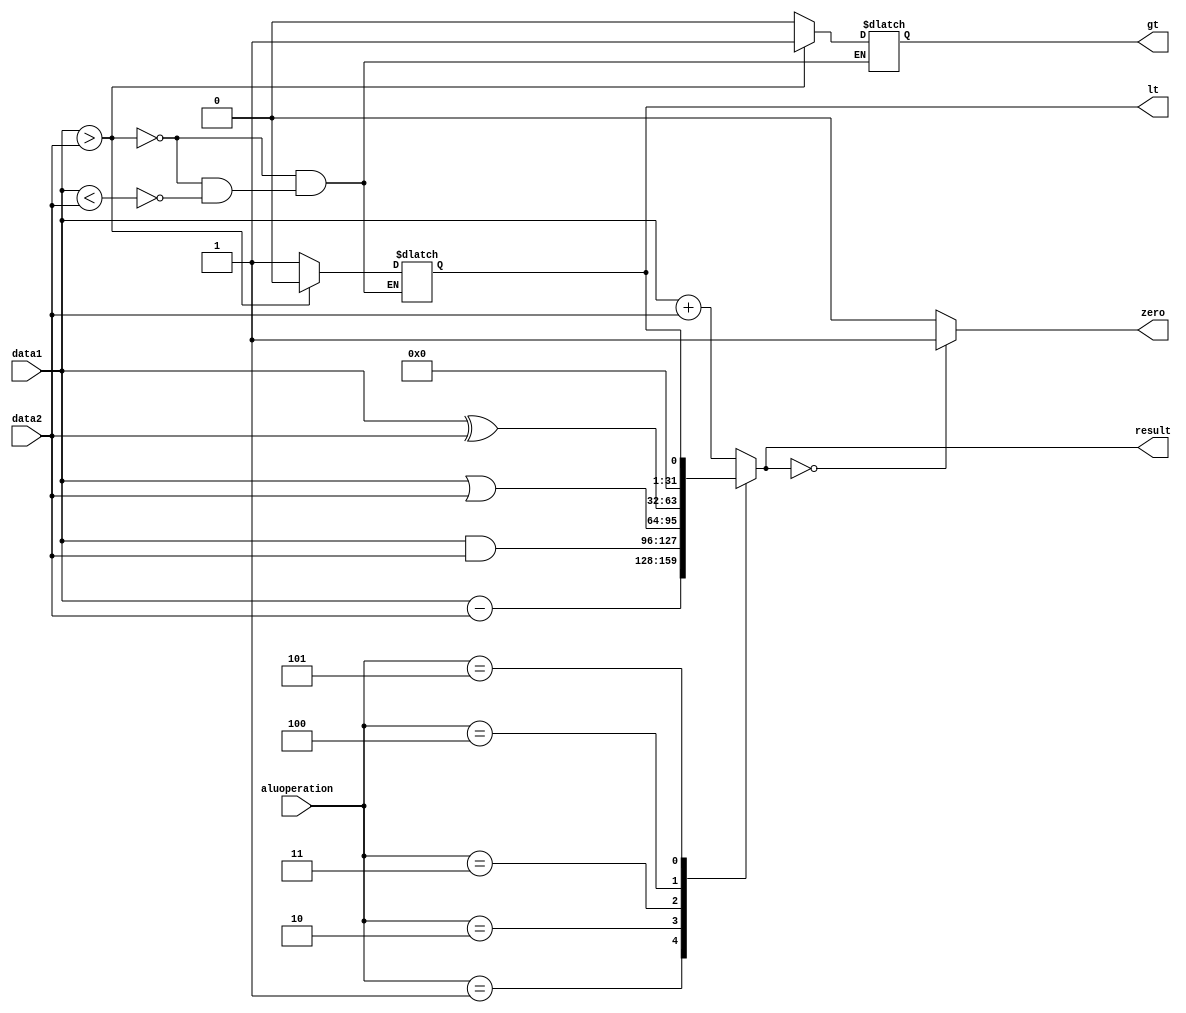
module ALU(input [31:0] data1,data2,input [3:0] aluoperation,output reg [31:0] result,output reg zero,lt,gt);
  always@(aluoperation,data1,data2)
  begin 
	   case (aluoperation)
      4'b0000 : result = data1 + data2; // ADD
      4'b0001 : result = data1 - data2; // SUB
      4'b0010 : result = data1 & data2; // AND
      4'b0011 : result = data1 | data2; // OR
      4'b0100 : result = data1 ^ data2; // XOR
      4'b0101 : result = {31'b0,lt};//slt
      
      
      
      default : result = data1 + data2; // ADD
    endcase
    if(data1>data2)
      begin
       gt = 1'b1;
       lt = 1'b0; 
      end else if(data1<data2)
      begin
       gt = 1'b0;
       lt = 1'b1;  
      end
      
    if (result==32'd0) zero=1'b1;
    else zero=1'b0;
  end

endmodule